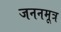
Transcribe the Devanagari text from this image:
जननमूत्र